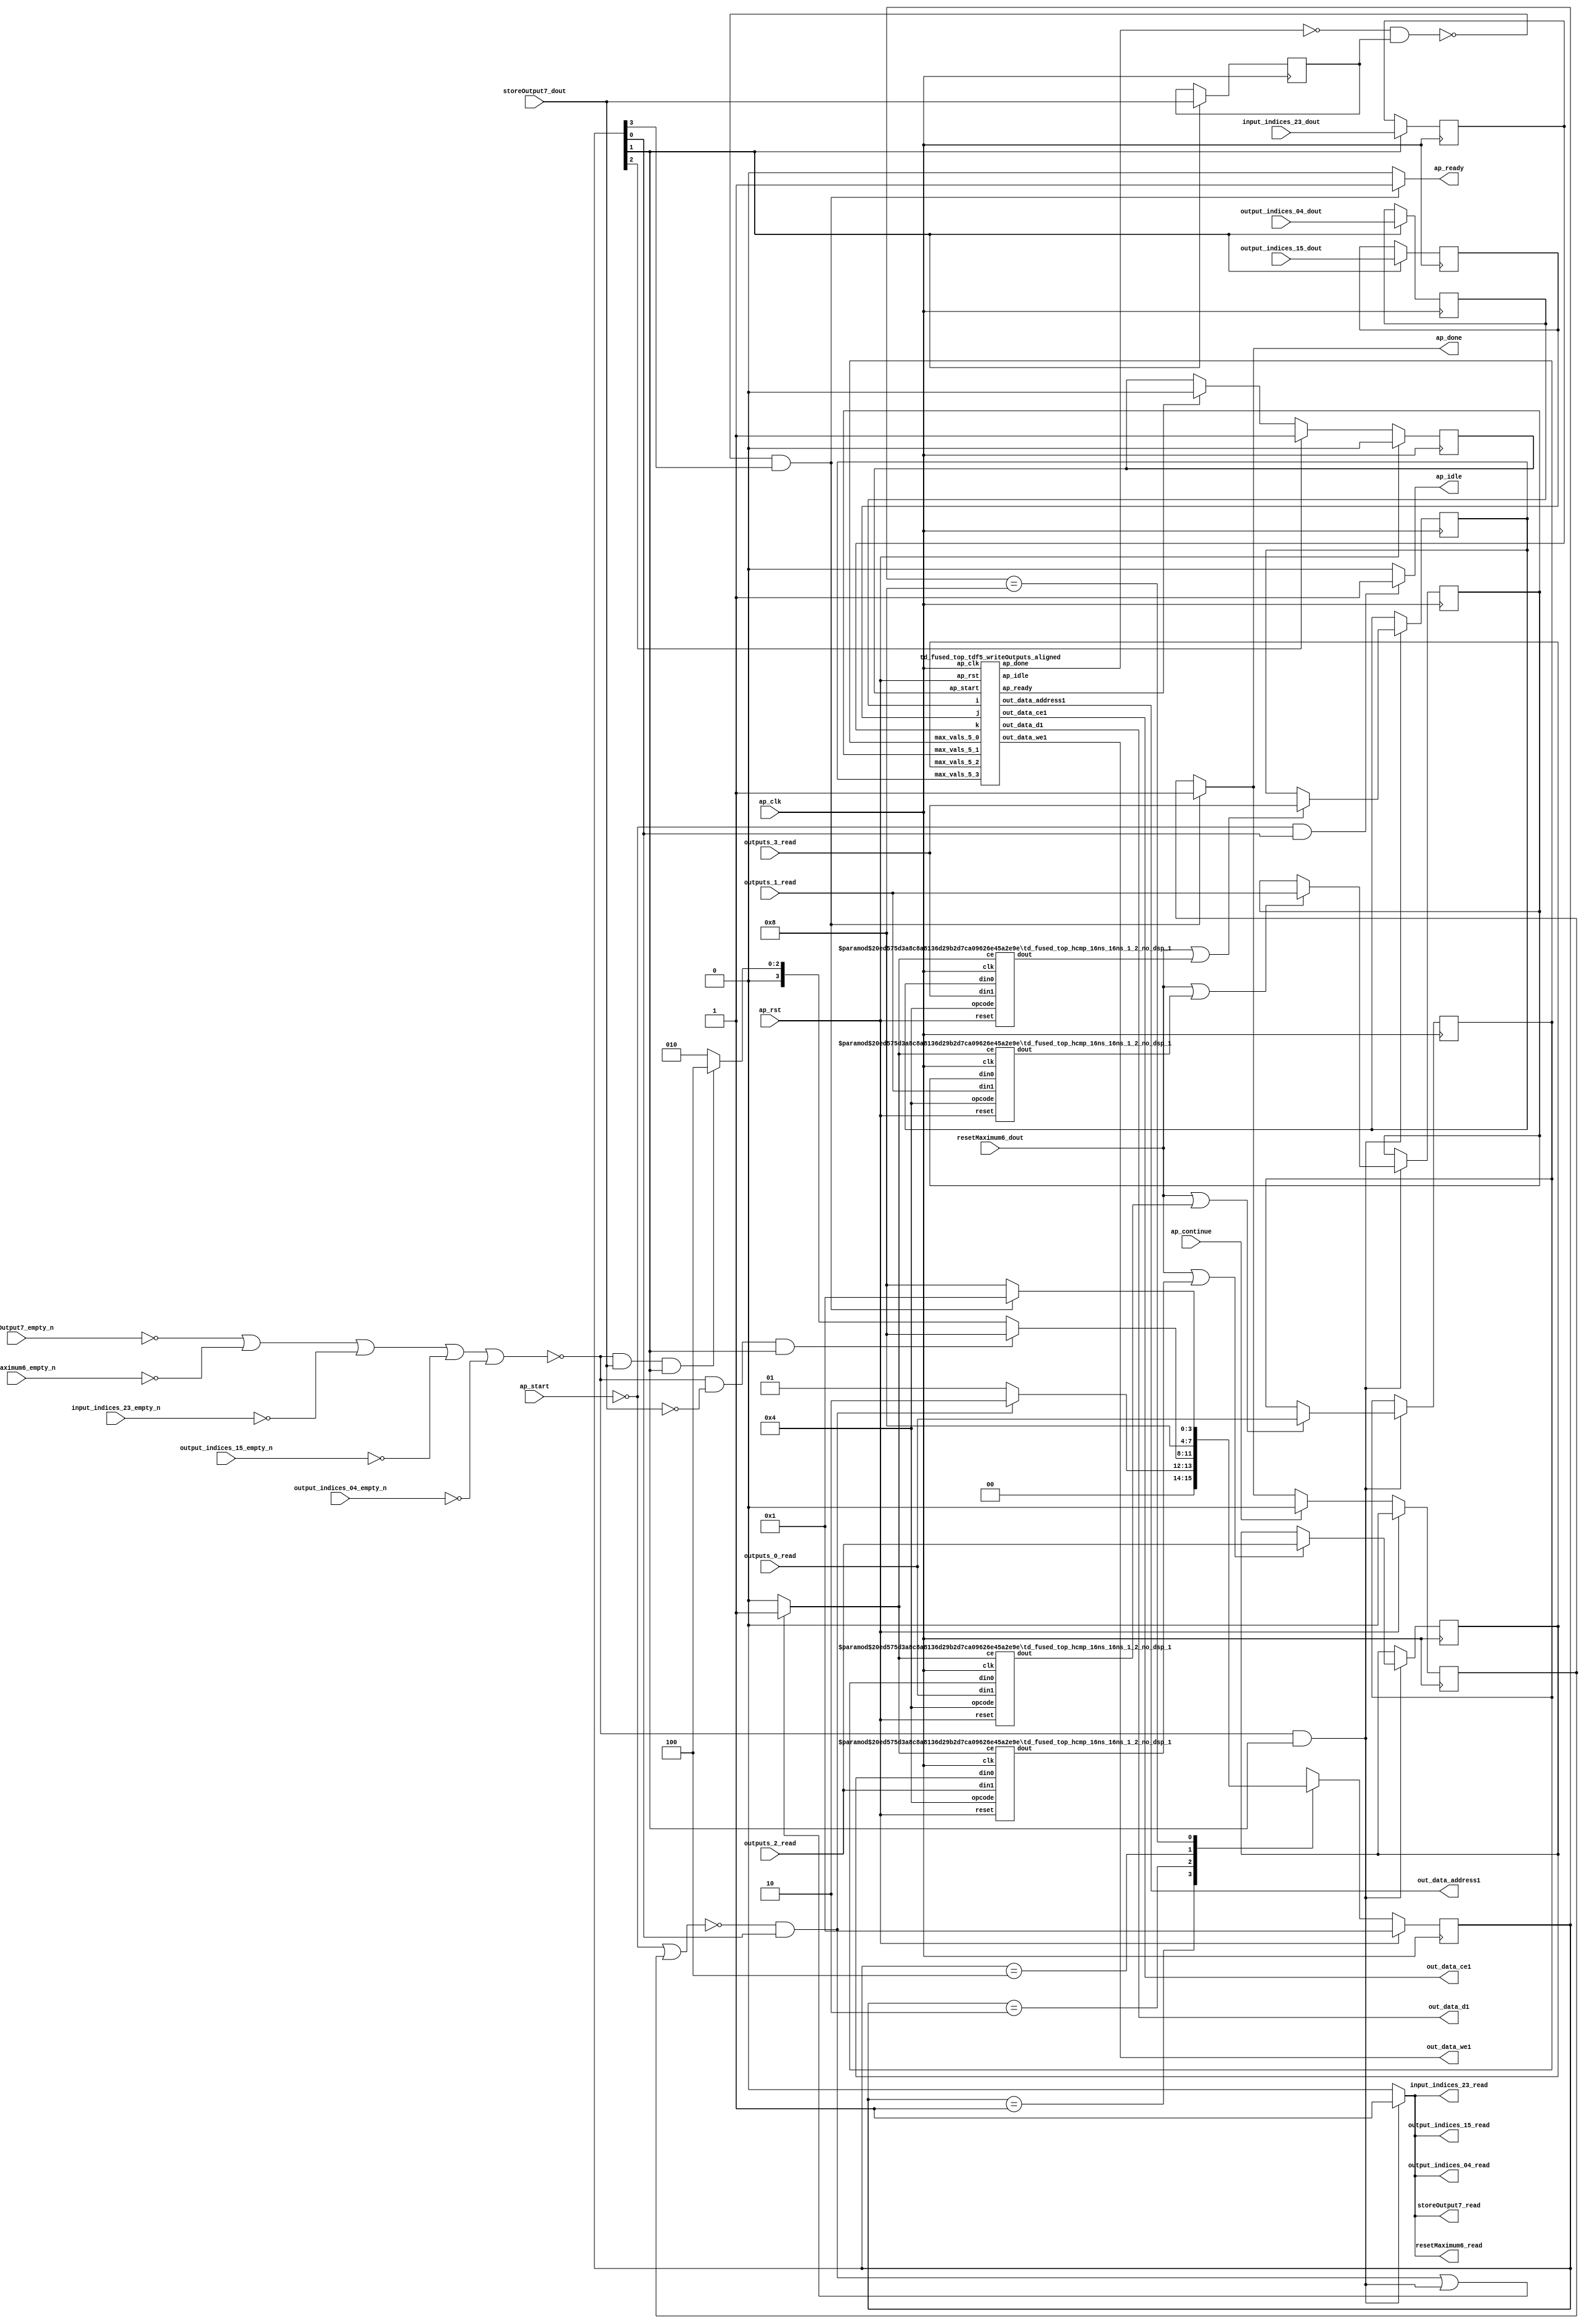
`define EXPONENT 5
`define MANTISSA 10
`define ACTUAL_MANTISSA 11
`define EXPONENT_LSB 10
`define EXPONENT_MSB 14
`define MANTISSA_LSB 0
`define MANTISSA_MSB 9
`define MANTISSA_MUL_SPLIT_LSB 3
`define MANTISSA_MUL_SPLIT_MSB 9
`define SIGN 1
`define SIGN_LOC 15
`define DWIDTH (`SIGN+`EXPONENT+`MANTISSA)
`define IEEE_COMPLIANCE 1

module td_fused_top_tdf5_poolOutputs (
        ap_clk,
        ap_rst,
        ap_start,
        ap_done,
        ap_continue,
        ap_idle,
        ap_ready,
        output_indices_04_dout,
        output_indices_04_empty_n,
        output_indices_04_read,
        output_indices_15_dout,
        output_indices_15_empty_n,
        output_indices_15_read,
        input_indices_23_dout,
        input_indices_23_empty_n,
        input_indices_23_read,
        resetMaximum6_dout,
        resetMaximum6_empty_n,
        resetMaximum6_read,
        storeOutput7_dout,
        storeOutput7_empty_n,
        storeOutput7_read,
        outputs_0_read,
        outputs_1_read,
        outputs_2_read,
        outputs_3_read,
        out_data_address1,
        out_data_ce1,
        out_data_we1,
        out_data_d1
);

parameter    ap_ST_fsm_state1 = 4'd1;
parameter    ap_ST_fsm_state2 = 4'd2;
parameter    ap_ST_fsm_state3 = 4'd4;
parameter    ap_ST_fsm_state4 = 4'd8;

input   ap_clk;
input   ap_rst;
input   ap_start;
output   ap_done;
input   ap_continue;
output   ap_idle;
output   ap_ready;
input  [4:0] output_indices_04_dout;
input   output_indices_04_empty_n;
output   output_indices_04_read;
input  [9:0] output_indices_15_dout;
input   output_indices_15_empty_n;
output   output_indices_15_read;
input  [6:0] input_indices_23_dout;
input   input_indices_23_empty_n;
output   input_indices_23_read;
input  [0:0] resetMaximum6_dout;
input   resetMaximum6_empty_n;
output   resetMaximum6_read;
input  [0:0] storeOutput7_dout;
input   storeOutput7_empty_n;
output   storeOutput7_read;
input  [15:0] outputs_0_read;
input  [15:0] outputs_1_read;
input  [15:0] outputs_2_read;
input  [15:0] outputs_3_read;
output  [14:0] out_data_address1;
output   out_data_ce1;
output   out_data_we1;
output  [63:0] out_data_d1;

reg ap_done;
reg ap_idle;
reg ap_ready;
reg output_indices_04_read;
reg output_indices_15_read;
reg input_indices_23_read;
reg resetMaximum6_read;
reg storeOutput7_read;

reg    ap_done_reg;
  reg   [3:0] ap_CS_fsm;
wire    ap_CS_fsm_state1;
reg   [15:0] max_vals_5_0;
reg   [15:0] max_vals_5_1;
reg   [15:0] max_vals_5_2;
reg   [15:0] max_vals_5_3;
reg    output_indices_04_blk_n;
wire    ap_CS_fsm_state2;
reg    output_indices_15_blk_n;
reg    input_indices_23_blk_n;
reg    resetMaximum6_blk_n;
reg    storeOutput7_blk_n;
reg   [4:0] output_indices_04_read_reg_281;
reg   [9:0] output_indices_15_read_reg_286;
reg   [6:0] input_indices_23_read_reg_291;
wire   [0:0] storeOutput7_read_read_fu_110_p2;
reg   [0:0] storeOutput7_read_reg_296;
wire    grp_tdf5_writeOutputs_aligned_fu_116_ap_start;
wire    grp_tdf5_writeOutputs_aligned_fu_116_ap_done;
wire    grp_tdf5_writeOutputs_aligned_fu_116_ap_idle;
wire    grp_tdf5_writeOutputs_aligned_fu_116_ap_ready;
wire   [14:0] grp_tdf5_writeOutputs_aligned_fu_116_out_data_address1;
wire    grp_tdf5_writeOutputs_aligned_fu_116_out_data_ce1;
wire    grp_tdf5_writeOutputs_aligned_fu_116_out_data_we1;
wire   [63:0] grp_tdf5_writeOutputs_aligned_fu_116_out_data_d1;
reg    grp_tdf5_writeOutputs_aligned_fu_116_ap_start_reg;
wire    ap_CS_fsm_state3;
wire    ap_CS_fsm_state4;
wire   [15:0] select_ln24_fu_179_p3;
reg    ap_block_state2;
wire   [15:0] select_ln24_4_fu_197_p3;
wire   [15:0] select_ln24_5_fu_215_p3;
wire   [15:0] select_ln24_6_fu_233_p3;
reg    ap_block_state1;
wire   [0:0] grp_fu_133_p2;
wire   [0:0] or_ln24_fu_173_p2;
wire   [0:0] grp_fu_138_p2;
wire   [0:0] or_ln24_4_fu_191_p2;
wire   [0:0] grp_fu_143_p2;
wire   [0:0] or_ln24_5_fu_209_p2;
wire   [0:0] grp_fu_148_p2;
wire   [0:0] or_ln24_6_fu_227_p2;
reg    grp_fu_133_ce;
reg    grp_fu_138_ce;
reg    grp_fu_143_ce;
reg    grp_fu_148_ce;
reg    ap_block_state4_on_subcall_done;
reg   [3:0] ap_NS_fsm;
wire    ap_ce_reg;

// power-on initialization
initial begin
#0 ap_done_reg = 1'b0;
#0 ap_CS_fsm = 4'd1;
#0 max_vals_5_0 = 16'd0;
#0 max_vals_5_1 = 16'd0;
#0 max_vals_5_2 = 16'd0;
#0 max_vals_5_3 = 16'd0;
#0 grp_tdf5_writeOutputs_aligned_fu_116_ap_start_reg = 1'b0;
end

td_fused_top_tdf5_writeOutputs_aligned grp_tdf5_writeOutputs_aligned_fu_116(
    .ap_clk(ap_clk),
    .ap_rst(ap_rst),
    .ap_start(grp_tdf5_writeOutputs_aligned_fu_116_ap_start),
    .ap_done(grp_tdf5_writeOutputs_aligned_fu_116_ap_done),
    .ap_idle(grp_tdf5_writeOutputs_aligned_fu_116_ap_idle),
    .ap_ready(grp_tdf5_writeOutputs_aligned_fu_116_ap_ready),
    .i(output_indices_04_read_reg_281),
    .j(output_indices_15_read_reg_286),
    .k(input_indices_23_read_reg_291),
    .out_data_address1(grp_tdf5_writeOutputs_aligned_fu_116_out_data_address1),
    .out_data_ce1(grp_tdf5_writeOutputs_aligned_fu_116_out_data_ce1),
    .out_data_we1(grp_tdf5_writeOutputs_aligned_fu_116_out_data_we1),
    .out_data_d1(grp_tdf5_writeOutputs_aligned_fu_116_out_data_d1),
    .max_vals_5_0(max_vals_5_0),
    .max_vals_5_1(max_vals_5_1),
    .max_vals_5_2(max_vals_5_2),
    .max_vals_5_3(max_vals_5_3)
);

td_fused_top_hcmp_16ns_16ns_1_2_no_dsp_1 #(
    .ID( 1 ),
    .NUM_STAGE( 2 ),
    .din0_WIDTH( 16 ),
    .din1_WIDTH( 16 ),
    .dout_WIDTH( 1 ))
hcmp_16ns_16ns_1_2_no_dsp_1_U826(
    .clk(ap_clk),
    .reset(ap_rst),
    .ce(grp_fu_133_ce),
    .din0(max_vals_5_0),
    .din1(outputs_0_read),
    .opcode(5'd4),
    .dout(grp_fu_133_p2)
);

td_fused_top_hcmp_16ns_16ns_1_2_no_dsp_1 #(
    .ID( 1 ),
    .NUM_STAGE( 2 ),
    .din0_WIDTH( 16 ),
    .din1_WIDTH( 16 ),
    .dout_WIDTH( 1 ))
hcmp_16ns_16ns_1_2_no_dsp_1_U827(
    .clk(ap_clk),
    .reset(ap_rst),
    .ce(grp_fu_138_ce),
    .din0(max_vals_5_1),
    .din1(outputs_1_read),
    .opcode(5'd4),
    .dout(grp_fu_138_p2)
);

td_fused_top_hcmp_16ns_16ns_1_2_no_dsp_1 #(
    .ID( 1 ),
    .NUM_STAGE( 2 ),
    .din0_WIDTH( 16 ),
    .din1_WIDTH( 16 ),
    .dout_WIDTH( 1 ))
hcmp_16ns_16ns_1_2_no_dsp_1_U828(
    .clk(ap_clk),
    .reset(ap_rst),
    .ce(grp_fu_143_ce),
    .din0(max_vals_5_2),
    .din1(outputs_2_read),
    .opcode(5'd4),
    .dout(grp_fu_143_p2)
);

td_fused_top_hcmp_16ns_16ns_1_2_no_dsp_1 #(
    .ID( 1 ),
    .NUM_STAGE( 2 ),
    .din0_WIDTH( 16 ),
    .din1_WIDTH( 16 ),
    .dout_WIDTH( 1 ))
hcmp_16ns_16ns_1_2_no_dsp_1_U829(
    .clk(ap_clk),
    .reset(ap_rst),
    .ce(grp_fu_148_ce),
    .din0(max_vals_5_3),
    .din1(outputs_3_read),
    .opcode(5'd4),
    .dout(grp_fu_148_p2)
);

always @ (posedge ap_clk) begin
    if (ap_rst == 1'b1) begin
        ap_CS_fsm <= ap_ST_fsm_state1;
    end else begin
        ap_CS_fsm <= ap_NS_fsm;
    end
end

always @ (posedge ap_clk) begin
    if (ap_rst == 1'b1) begin
        ap_done_reg <= 1'b0;
    end else begin
        if ((ap_continue == 1'b1)) begin
            ap_done_reg <= 1'b0;
        end else if (((1'b0 == ap_block_state4_on_subcall_done) & (1'b1 == ap_CS_fsm_state4))) begin
            ap_done_reg <= 1'b1;
        end
    end
end

always @ (posedge ap_clk) begin
    if (ap_rst == 1'b1) begin
        grp_tdf5_writeOutputs_aligned_fu_116_ap_start_reg <= 1'b0;
    end else begin
        if ((1'b1 == ap_CS_fsm_state3)) begin
            grp_tdf5_writeOutputs_aligned_fu_116_ap_start_reg <= 1'b1;
        end else if ((grp_tdf5_writeOutputs_aligned_fu_116_ap_ready == 1'b1)) begin
            grp_tdf5_writeOutputs_aligned_fu_116_ap_start_reg <= 1'b0;
        end
    end
end

always @ (posedge ap_clk) begin
    if ((1'b1 == ap_CS_fsm_state2)) begin
        input_indices_23_read_reg_291 <= input_indices_23_dout;
        output_indices_04_read_reg_281 <= output_indices_04_dout;
        output_indices_15_read_reg_286 <= output_indices_15_dout;
        storeOutput7_read_reg_296 <= storeOutput7_dout;
    end
end

always @ (posedge ap_clk) begin
    if ((~((storeOutput7_empty_n == 1'b0) | (resetMaximum6_empty_n == 1'b0) | (input_indices_23_empty_n == 1'b0) | (output_indices_15_empty_n == 1'b0) | (output_indices_04_empty_n == 1'b0)) & (1'b1 == ap_CS_fsm_state2))) begin
        max_vals_5_0 <= select_ln24_fu_179_p3;
        max_vals_5_1 <= select_ln24_4_fu_197_p3;
        max_vals_5_2 <= select_ln24_5_fu_215_p3;
        max_vals_5_3 <= select_ln24_6_fu_233_p3;
    end
end

always @ (*) begin
    if (((1'b0 == ap_block_state4_on_subcall_done) & (1'b1 == ap_CS_fsm_state4))) begin
        ap_done = 1'b1;
    end else begin
        ap_done = ap_done_reg;
    end
end

always @ (*) begin
    if (((ap_start == 1'b0) & (1'b1 == ap_CS_fsm_state1))) begin
        ap_idle = 1'b1;
    end else begin
        ap_idle = 1'b0;
    end
end

always @ (*) begin
    if (((1'b0 == ap_block_state4_on_subcall_done) & (1'b1 == ap_CS_fsm_state4))) begin
        ap_ready = 1'b1;
    end else begin
        ap_ready = 1'b0;
    end
end

always @ (*) begin
    if (((~((ap_start == 1'b0) | (ap_done_reg == 1'b1)) & (1'b1 == ap_CS_fsm_state1)) | (~((storeOutput7_empty_n == 1'b0) | (resetMaximum6_empty_n == 1'b0) | (input_indices_23_empty_n == 1'b0) | (output_indices_15_empty_n == 1'b0) | (output_indices_04_empty_n == 1'b0)) & (1'b1 == ap_CS_fsm_state2)))) begin
        grp_fu_133_ce = 1'b1;
    end else begin
        grp_fu_133_ce = 1'b0;
    end
end

always @ (*) begin
    if (((~((ap_start == 1'b0) | (ap_done_reg == 1'b1)) & (1'b1 == ap_CS_fsm_state1)) | (~((storeOutput7_empty_n == 1'b0) | (resetMaximum6_empty_n == 1'b0) | (input_indices_23_empty_n == 1'b0) | (output_indices_15_empty_n == 1'b0) | (output_indices_04_empty_n == 1'b0)) & (1'b1 == ap_CS_fsm_state2)))) begin
        grp_fu_138_ce = 1'b1;
    end else begin
        grp_fu_138_ce = 1'b0;
    end
end

always @ (*) begin
    if (((~((ap_start == 1'b0) | (ap_done_reg == 1'b1)) & (1'b1 == ap_CS_fsm_state1)) | (~((storeOutput7_empty_n == 1'b0) | (resetMaximum6_empty_n == 1'b0) | (input_indices_23_empty_n == 1'b0) | (output_indices_15_empty_n == 1'b0) | (output_indices_04_empty_n == 1'b0)) & (1'b1 == ap_CS_fsm_state2)))) begin
        grp_fu_143_ce = 1'b1;
    end else begin
        grp_fu_143_ce = 1'b0;
    end
end

always @ (*) begin
    if (((~((ap_start == 1'b0) | (ap_done_reg == 1'b1)) & (1'b1 == ap_CS_fsm_state1)) | (~((storeOutput7_empty_n == 1'b0) | (resetMaximum6_empty_n == 1'b0) | (input_indices_23_empty_n == 1'b0) | (output_indices_15_empty_n == 1'b0) | (output_indices_04_empty_n == 1'b0)) & (1'b1 == ap_CS_fsm_state2)))) begin
        grp_fu_148_ce = 1'b1;
    end else begin
        grp_fu_148_ce = 1'b0;
    end
end

always @ (*) begin
    if ((1'b1 == ap_CS_fsm_state2)) begin
        input_indices_23_blk_n = input_indices_23_empty_n;
    end else begin
        input_indices_23_blk_n = 1'b1;
    end
end

always @ (*) begin
    if ((~((storeOutput7_empty_n == 1'b0) | (resetMaximum6_empty_n == 1'b0) | (input_indices_23_empty_n == 1'b0) | (output_indices_15_empty_n == 1'b0) | (output_indices_04_empty_n == 1'b0)) & (1'b1 == ap_CS_fsm_state2))) begin
        input_indices_23_read = 1'b1;
    end else begin
        input_indices_23_read = 1'b0;
    end
end

always @ (*) begin
    if ((1'b1 == ap_CS_fsm_state2)) begin
        output_indices_04_blk_n = output_indices_04_empty_n;
    end else begin
        output_indices_04_blk_n = 1'b1;
    end
end

always @ (*) begin
    if ((~((storeOutput7_empty_n == 1'b0) | (resetMaximum6_empty_n == 1'b0) | (input_indices_23_empty_n == 1'b0) | (output_indices_15_empty_n == 1'b0) | (output_indices_04_empty_n == 1'b0)) & (1'b1 == ap_CS_fsm_state2))) begin
        output_indices_04_read = 1'b1;
    end else begin
        output_indices_04_read = 1'b0;
    end
end

always @ (*) begin
    if ((1'b1 == ap_CS_fsm_state2)) begin
        output_indices_15_blk_n = output_indices_15_empty_n;
    end else begin
        output_indices_15_blk_n = 1'b1;
    end
end

always @ (*) begin
    if ((~((storeOutput7_empty_n == 1'b0) | (resetMaximum6_empty_n == 1'b0) | (input_indices_23_empty_n == 1'b0) | (output_indices_15_empty_n == 1'b0) | (output_indices_04_empty_n == 1'b0)) & (1'b1 == ap_CS_fsm_state2))) begin
        output_indices_15_read = 1'b1;
    end else begin
        output_indices_15_read = 1'b0;
    end
end

always @ (*) begin
    if ((1'b1 == ap_CS_fsm_state2)) begin
        resetMaximum6_blk_n = resetMaximum6_empty_n;
    end else begin
        resetMaximum6_blk_n = 1'b1;
    end
end

always @ (*) begin
    if ((~((storeOutput7_empty_n == 1'b0) | (resetMaximum6_empty_n == 1'b0) | (input_indices_23_empty_n == 1'b0) | (output_indices_15_empty_n == 1'b0) | (output_indices_04_empty_n == 1'b0)) & (1'b1 == ap_CS_fsm_state2))) begin
        resetMaximum6_read = 1'b1;
    end else begin
        resetMaximum6_read = 1'b0;
    end
end

always @ (*) begin
    if ((1'b1 == ap_CS_fsm_state2)) begin
        storeOutput7_blk_n = storeOutput7_empty_n;
    end else begin
        storeOutput7_blk_n = 1'b1;
    end
end

always @ (*) begin
    if ((~((storeOutput7_empty_n == 1'b0) | (resetMaximum6_empty_n == 1'b0) | (input_indices_23_empty_n == 1'b0) | (output_indices_15_empty_n == 1'b0) | (output_indices_04_empty_n == 1'b0)) & (1'b1 == ap_CS_fsm_state2))) begin
        storeOutput7_read = 1'b1;
    end else begin
        storeOutput7_read = 1'b0;
    end
end

always @ (*) begin
    case (ap_CS_fsm)
        ap_ST_fsm_state1 : begin
            if ((~((ap_start == 1'b0) | (ap_done_reg == 1'b1)) & (1'b1 == ap_CS_fsm_state1))) begin
                ap_NS_fsm = ap_ST_fsm_state2;
            end else begin
                ap_NS_fsm = ap_ST_fsm_state1;
            end
        end
        ap_ST_fsm_state2 : begin
            if ((~((storeOutput7_empty_n == 1'b0) | (resetMaximum6_empty_n == 1'b0) | (input_indices_23_empty_n == 1'b0) | (output_indices_15_empty_n == 1'b0) | (output_indices_04_empty_n == 1'b0)) & (storeOutput7_read_read_fu_110_p2 == 1'd0) & (1'b1 == ap_CS_fsm_state2))) begin
                ap_NS_fsm = ap_ST_fsm_state4;
            end else if ((~((storeOutput7_empty_n == 1'b0) | (resetMaximum6_empty_n == 1'b0) | (input_indices_23_empty_n == 1'b0) | (output_indices_15_empty_n == 1'b0) | (output_indices_04_empty_n == 1'b0)) & (storeOutput7_read_read_fu_110_p2 == 1'd1) & (1'b1 == ap_CS_fsm_state2))) begin
                ap_NS_fsm = ap_ST_fsm_state3;
            end else begin
                ap_NS_fsm = ap_ST_fsm_state2;
            end
        end
        ap_ST_fsm_state3 : begin
            ap_NS_fsm = ap_ST_fsm_state4;
        end
        ap_ST_fsm_state4 : begin
            if (((1'b0 == ap_block_state4_on_subcall_done) & (1'b1 == ap_CS_fsm_state4))) begin
                ap_NS_fsm = ap_ST_fsm_state1;
            end else begin
                ap_NS_fsm = ap_ST_fsm_state4;
            end
        end
        default : begin
            ap_NS_fsm = 'bx;
        end
    endcase
end

assign ap_CS_fsm_state1 = ap_CS_fsm[32'd0];

assign ap_CS_fsm_state2 = ap_CS_fsm[32'd1];

assign ap_CS_fsm_state3 = ap_CS_fsm[32'd2];

assign ap_CS_fsm_state4 = ap_CS_fsm[32'd3];

always @ (*) begin
    ap_block_state1 = ((ap_start == 1'b0) | (ap_done_reg == 1'b1));
end

always @ (*) begin
    ap_block_state2 = ((storeOutput7_empty_n == 1'b0) | (resetMaximum6_empty_n == 1'b0) | (input_indices_23_empty_n == 1'b0) | (output_indices_15_empty_n == 1'b0) | (output_indices_04_empty_n == 1'b0));
end

always @ (*) begin
    ap_block_state4_on_subcall_done = ((grp_tdf5_writeOutputs_aligned_fu_116_ap_done == 1'b0) & (storeOutput7_read_reg_296 == 1'd1));
end

assign grp_tdf5_writeOutputs_aligned_fu_116_ap_start = grp_tdf5_writeOutputs_aligned_fu_116_ap_start_reg;

assign or_ln24_4_fu_191_p2 = (resetMaximum6_dout | grp_fu_138_p2);

assign or_ln24_5_fu_209_p2 = (resetMaximum6_dout | grp_fu_143_p2);

assign or_ln24_6_fu_227_p2 = (resetMaximum6_dout | grp_fu_148_p2);

assign or_ln24_fu_173_p2 = (resetMaximum6_dout | grp_fu_133_p2);

assign out_data_address1 = grp_tdf5_writeOutputs_aligned_fu_116_out_data_address1;

assign out_data_ce1 = grp_tdf5_writeOutputs_aligned_fu_116_out_data_ce1;

assign out_data_d1 = grp_tdf5_writeOutputs_aligned_fu_116_out_data_d1;

assign out_data_we1 = grp_tdf5_writeOutputs_aligned_fu_116_out_data_we1;

assign select_ln24_4_fu_197_p3 = ((or_ln24_4_fu_191_p2[0:0] == 1'b1) ? outputs_1_read : max_vals_5_1);

assign select_ln24_5_fu_215_p3 = ((or_ln24_5_fu_209_p2[0:0] == 1'b1) ? outputs_2_read : max_vals_5_2);

assign select_ln24_6_fu_233_p3 = ((or_ln24_6_fu_227_p2[0:0] == 1'b1) ? outputs_3_read : max_vals_5_3);

assign select_ln24_fu_179_p3 = ((or_ln24_fu_173_p2[0:0] == 1'b1) ? outputs_0_read : max_vals_5_0);

assign storeOutput7_read_read_fu_110_p2 = storeOutput7_dout;

endmodule //td_fused_top_tdf5_poolOutputs
module td_fused_top_tdf5_writeOutputs_aligned (
        ap_clk,
        ap_rst,
        ap_start,
        ap_done,
        ap_idle,
        ap_ready,
        i,
        j,
        k,
        out_data_address1,
        out_data_ce1,
        out_data_we1,
        out_data_d1,
        max_vals_5_0,
        max_vals_5_1,
        max_vals_5_2,
        max_vals_5_3
);

parameter    ap_ST_fsm_state1 = 2'd1;
parameter    ap_ST_fsm_state2 = 2'd2;

input   ap_clk;
input   ap_rst;
input   ap_start;
output   ap_done;
output   ap_idle;
output   ap_ready;
input  [4:0] i;
input  [9:0] j;
input  [6:0] k;
output  [14:0] out_data_address1;
output   out_data_ce1;
output   out_data_we1;
output  [63:0] out_data_d1;
input  [15:0] max_vals_5_0;
input  [15:0] max_vals_5_1;
input  [15:0] max_vals_5_2;
input  [15:0] max_vals_5_3;

reg ap_done;
reg ap_idle;
reg ap_ready;
reg out_data_ce1;
reg out_data_we1;

  reg   [1:0] ap_CS_fsm;
wire    ap_CS_fsm_state1;
wire   [9:0] add_ln123_fu_105_p2;
reg   [9:0] add_ln123_reg_178;
wire   [63:0] zext_ln123_4_fu_132_p1;
wire    ap_CS_fsm_state2;
wire   [6:0] tmp_s_fu_87_p3;
wire   [9:0] tmp_fu_79_p3;
wire   [9:0] zext_ln123_fu_95_p1;
wire   [9:0] sub_ln123_fu_99_p2;
wire   [14:0] tmp_69_cast_fu_111_p3;
wire   [14:0] zext_ln123_3_fu_122_p1;
wire   [14:0] add_ln123_2_fu_126_p2;
wire   [15:0] bitcast_ln123_6_fu_161_p1;
wire   [15:0] bitcast_ln123_5_fu_153_p1;
wire   [15:0] bitcast_ln123_4_fu_145_p1;
wire   [15:0] bitcast_ln123_fu_137_p1;
reg   [1:0] ap_NS_fsm;
wire    ap_ce_reg;

// power-on initialization
initial begin
#0 ap_CS_fsm = 2'd1;
end

always @ (posedge ap_clk) begin
    if (ap_rst == 1'b1) begin
        ap_CS_fsm <= ap_ST_fsm_state1;
    end else begin
        ap_CS_fsm <= ap_NS_fsm;
    end
end

always @ (posedge ap_clk) begin
    if ((1'b1 == ap_CS_fsm_state1)) begin
        add_ln123_reg_178 <= add_ln123_fu_105_p2;
    end
end

always @ (*) begin
    if (((1'b1 == ap_CS_fsm_state2) | ((ap_start == 1'b0) & (1'b1 == ap_CS_fsm_state1)))) begin
        ap_done = 1'b1;
    end else begin
        ap_done = 1'b0;
    end
end

always @ (*) begin
    if (((ap_start == 1'b0) & (1'b1 == ap_CS_fsm_state1))) begin
        ap_idle = 1'b1;
    end else begin
        ap_idle = 1'b0;
    end
end

always @ (*) begin
    if ((1'b1 == ap_CS_fsm_state2)) begin
        ap_ready = 1'b1;
    end else begin
        ap_ready = 1'b0;
    end
end

always @ (*) begin
    if ((1'b1 == ap_CS_fsm_state2)) begin
        out_data_ce1 = 1'b1;
    end else begin
        out_data_ce1 = 1'b0;
    end
end

always @ (*) begin
    if ((1'b1 == ap_CS_fsm_state2)) begin
        out_data_we1 = 1'b1;
    end else begin
        out_data_we1 = 1'b0;
    end
end

always @ (*) begin
    case (ap_CS_fsm)
        ap_ST_fsm_state1 : begin
            if (((ap_start == 1'b1) & (1'b1 == ap_CS_fsm_state1))) begin
                ap_NS_fsm = ap_ST_fsm_state2;
            end else begin
                ap_NS_fsm = ap_ST_fsm_state1;
            end
        end
        ap_ST_fsm_state2 : begin
            ap_NS_fsm = ap_ST_fsm_state1;
        end
        default : begin
            ap_NS_fsm = 'bx;
        end
    endcase
end

assign add_ln123_2_fu_126_p2 = (tmp_69_cast_fu_111_p3 + zext_ln123_3_fu_122_p1);

assign add_ln123_fu_105_p2 = (sub_ln123_fu_99_p2 + j);

assign ap_CS_fsm_state1 = ap_CS_fsm[32'd0];

assign ap_CS_fsm_state2 = ap_CS_fsm[32'd1];

assign bitcast_ln123_4_fu_145_p1 = max_vals_5_1;

assign bitcast_ln123_5_fu_153_p1 = max_vals_5_2;

assign bitcast_ln123_6_fu_161_p1 = max_vals_5_3;

assign bitcast_ln123_fu_137_p1 = max_vals_5_0;

assign out_data_address1 = zext_ln123_4_fu_132_p1;

assign out_data_d1 = {{{{bitcast_ln123_6_fu_161_p1}, {bitcast_ln123_5_fu_153_p1}}, {bitcast_ln123_4_fu_145_p1}}, {bitcast_ln123_fu_137_p1}};

assign sub_ln123_fu_99_p2 = (tmp_fu_79_p3 - zext_ln123_fu_95_p1);

assign tmp_69_cast_fu_111_p3 = {{add_ln123_reg_178}, {5'd0}};

assign tmp_fu_79_p3 = {{i}, {5'd0}};

assign tmp_s_fu_87_p3 = {{i}, {2'd0}};

assign zext_ln123_3_fu_122_p1 = k;

assign zext_ln123_4_fu_132_p1 = add_ln123_2_fu_126_p2;

assign zext_ln123_fu_95_p1 = tmp_s_fu_87_p3;

endmodule //td_fused_top_tdf5_writeOutputs_aligned

module td_fused_top_hcmp_16ns_16ns_1_2_no_dsp_1
#(parameter
    ID         = 137,
    NUM_STAGE  = 2,
    din0_WIDTH = 16,
    din1_WIDTH = 16,
    dout_WIDTH = 1
)(
    input  wire                  clk,
    input  wire                  reset,
    input  wire                  ce,
    input  wire [din0_WIDTH-1:0] din0,
    input  wire [din1_WIDTH-1:0] din1,
    input  wire [4:0]            opcode,
    output wire [dout_WIDTH-1:0] dout
);
//------------------------Parameter----------------------
// AutoESL opcode
localparam [4:0]
    AP_OEQ = 5'b00001,
    AP_OGT = 5'b00010,
    AP_OGE = 5'b00011,
    AP_OLT = 5'b00100,
    AP_OLE = 5'b00101,
    AP_ONE = 5'b00110,
    AP_UNO = 5'b01000;
// FPV6 opcode
localparam [7:0]
    OP_EQ = 8'b00010100,
    OP_GT = 8'b00100100,
    OP_GE = 8'b00110100,
    OP_LT = 8'b00001100,
    OP_LE = 8'b00011100,
    OP_NE = 8'b00101100,
    OP_UO = 8'b00000100;
//------------------------Local signal-------------------
wire                  a_tvalid;
wire [15:0]           a_tdata;
wire                  b_tvalid;
wire [15:0]           b_tdata;
wire                  op_tvalid;
reg  [7:0]            op_tdata;
wire                  r_tvalid;
wire [7:0]            r_tdata;
reg  [din0_WIDTH-1:0] din0_buf1;
reg  [din1_WIDTH-1:0] din1_buf1;
reg  [4:0]            opcode_buf1;
reg                   ce_r;
wire [dout_WIDTH-1:0] dout_i;
reg  [dout_WIDTH-1:0] dout_r;
//------------------------Instantiation------------------
td_fused_top_ap_hcmp_0_no_dsp_16 td_fused_top_ap_hcmp_0_no_dsp_16_u (
    .s_axis_a_tvalid         ( a_tvalid ),
    .s_axis_a_tdata          ( a_tdata ),
    .s_axis_b_tvalid         ( b_tvalid ),
    .s_axis_b_tdata          ( b_tdata ),
    .s_axis_operation_tvalid ( op_tvalid ),
    .s_axis_operation_tdata  ( op_tdata ),
    .m_axis_result_tvalid    ( r_tvalid ),
    .m_axis_result_tdata     ( r_tdata )
);
//------------------------Body---------------------------
assign a_tvalid  = 1'b1;
assign a_tdata   = din0_buf1;
assign b_tvalid  = 1'b1;
assign b_tdata   = din1_buf1;
assign op_tvalid = 1'b1;
assign dout_i    = r_tdata[0];

always @(*) begin
    case (opcode_buf1)
        AP_OEQ  : op_tdata = OP_EQ;
        AP_OGT  : op_tdata = OP_GT;
        AP_OGE  : op_tdata = OP_GE;
        AP_OLT  : op_tdata = OP_LT;
        AP_OLE  : op_tdata = OP_LE;
        AP_ONE  : op_tdata = OP_NE;
        AP_UNO  : op_tdata = OP_UO;
        default : op_tdata = OP_EQ;
    endcase
end

always @(posedge clk) begin
    if (ce) begin
        din0_buf1   <= din0;
        din1_buf1   <= din1;
        opcode_buf1 <= opcode;
    end
end

always @ (posedge clk) begin
    ce_r <= ce;
end

always @ (posedge clk) begin
    if (ce_r) begin
        dout_r <= dout_i;
    end
end

assign dout = ce_r?dout_i:dout_r;
endmodule
module td_fused_top_ap_hcmp_0_no_dsp_16 (
   input  wire        s_axis_a_tvalid,
   input  wire [15:0] s_axis_a_tdata,
   input  wire        s_axis_b_tvalid,
   input  wire [15:0] s_axis_b_tdata,
   input  wire        s_axis_operation_tvalid,
   input  wire [7:0]  s_axis_operation_tdata,
   output wire        m_axis_result_tvalid,
   output wire [7:0]  m_axis_result_tdata
);
   // TEMP - compare module not yet ready
   // In the meantime, negate operand B, add them
   // together, and return the sign bit of the result.
   wire [15:0] b_negative;
   wire [15:0] result;
   assign b_negative = {~s_axis_b_tdata[15], s_axis_b_tdata[14:0]};

`ifdef complex_dsp
   adder_fp u_add_fp (
      .a(s_axis_a_tdata), 
      .b(b_negative), 
      .out(result)
   );
`else
FPAddSub u_FPAddSub_2 (.clk(), .rst(1'b0), .a(s_axis_a_tdata), .b(b_negative), .operation(1'b0), .result(result), .flags());
`endif

   assign m_axis_result_tdata = {7'b0, result[15]};
endmodule


module FPAddSub(
		clk,
		rst,
		a,
		b,
		operation,			// 0 add, 1 sub
		result,
		flags
	);
	
	// Clock and reset
	input clk ;										// Clock signal
	input rst ;										// Reset (active high, resets pipeline registers)
	
	// Input ports
	input [`DWIDTH-1:0] a ;								// Input A, a 32-bit floating point number
	input [`DWIDTH-1:0] b ;								// Input B, a 32-bit floating point number
	input operation ;								// Operation select signal
	
	// Output ports
	output [`DWIDTH-1:0] result ;						// Result of the operation
	output [4:0] flags ;							// Flags indicating exceptions according to IEEE754
	
	// Pipeline Registers
	//reg [79:0] pipe_1;							// Pipeline register PreAlign->Align1
	reg [`DWIDTH*2+15:0] pipe_1;							// Pipeline register PreAlign->Align1

	//reg [67:0] pipe_2;							// Pipeline register Align1->Align3
	reg [`MANTISSA*2+`EXPONENT+13:0] pipe_2;							// Pipeline register Align1->Align3

	//reg [76:0] pipe_3;	68						// Pipeline register Align1->Align3
	reg [`MANTISSA*2+`EXPONENT+14:0] pipe_3;							// Pipeline register Align1->Align3

	//reg [69:0] pipe_4;							// Pipeline register Align3->Execute
	reg [`MANTISSA*2+`EXPONENT+15:0] pipe_4;							// Pipeline register Align3->Execute

	//reg [51:0] pipe_5;							// Pipeline register Execute->Normalize
	reg [`DWIDTH+`EXPONENT+11:0] pipe_5;							// Pipeline register Execute->Normalize

	//reg [56:0] pipe_6;							// Pipeline register Nomalize->NormalizeShift1
	reg [`DWIDTH+`EXPONENT+16:0] pipe_6;							// Pipeline register Nomalize->NormalizeShift1

	//reg [56:0] pipe_7;							// Pipeline register NormalizeShift2->NormalizeShift3
	reg [`DWIDTH+`EXPONENT+16:0] pipe_7;							// Pipeline register NormalizeShift2->NormalizeShift3

	//reg [54:0] pipe_8;							// Pipeline register NormalizeShift3->Round
	reg [`EXPONENT*2+`MANTISSA+15:0] pipe_8;							// Pipeline register NormalizeShift3->Round

	//reg [40:0] pipe_9;							// Pipeline register NormalizeShift3->Round
	reg [`DWIDTH+8:0] pipe_9;							// Pipeline register NormalizeShift3->Round
	
	// Internal wires between modules
	wire [`DWIDTH-2:0] Aout_0 ;							// A - sign
	wire [`DWIDTH-2:0] Bout_0 ;							// B - sign
	wire Opout_0 ;									// A's sign
	wire Sa_0 ;										// A's sign
	wire Sb_0 ;										// B's sign
	wire MaxAB_1 ;									// Indicates the larger of A and B(0/A, 1/B)
	wire [`EXPONENT-1:0] CExp_1 ;							// Common Exponent
	wire [4:0] Shift_1 ;							// Number of steps to smaller mantissa shift right (align)
	wire [`MANTISSA-1:0] Mmax_1 ;							// Larger mantissa
	wire [4:0] InputExc_0 ;						// Input numbers are exceptions
	wire [9:0] ShiftDet_0 ;
	wire [`MANTISSA-1:0] MminS_1 ;						// Smaller mantissa after 0/16 shift
	wire [`MANTISSA:0] MminS_2 ;						// Smaller mantissa after 0/4/8/12 shift
	wire [`MANTISSA:0] Mmin_3 ;							// Smaller mantissa after 0/1/2/3 shift
	wire [`DWIDTH:0] Sum_4 ;
	wire PSgn_4 ;
	wire Opr_4 ;
	wire [4:0] Shift_5 ;							// Number of steps to shift sum left (normalize)
	wire [`DWIDTH:0] SumS_5 ;							// Sum after 0/16 shift
	wire [`DWIDTH:0] SumS_6 ;							// Sum after 0/16 shift
	wire [`DWIDTH:0] SumS_7 ;							// Sum after 0/16 shift
	wire [`MANTISSA-1:0] NormM_8 ;						// Normalized mantissa
	wire [`EXPONENT:0] NormE_8;							// Adjusted exponent
	wire ZeroSum_8 ;								// Zero flag
	wire NegE_8 ;									// Flag indicating negative exponent
	wire R_8 ;										// Round bit
	wire S_8 ;										// Final sticky bit
	wire FG_8 ;										// Final sticky bit
	wire [`DWIDTH-1:0] P_int ;
	wire EOF ;
	
	// Prepare the operands for alignment and check for exceptions
	FPAddSub_PrealignModule PrealignModule
	(	// Inputs
		a, b, operation,
		// Outputs
		Sa_0, Sb_0, ShiftDet_0[9:0], InputExc_0[4:0], Aout_0[`DWIDTH-2:0], Bout_0[`DWIDTH-2:0], Opout_0) ;
		
	// Prepare the operands for alignment and check for exceptions
	FPAddSub_AlignModule AlignModule
	(	// Inputs
		pipe_1[14+2*`DWIDTH:16+`DWIDTH], pipe_1[15+`DWIDTH:17], pipe_1[14:5],
		// Outputs
		CExp_1[`EXPONENT-1:0], MaxAB_1, Shift_1[4:0], MminS_1[`MANTISSA-1:0], Mmax_1[`MANTISSA-1:0]) ;	

	// Alignment Shift Stage 1
	FPAddSub_AlignShift1 AlignShift1
	(  // Inputs
		pipe_2[`MANTISSA-1:0], pipe_2[2*`MANTISSA+9:2*`MANTISSA+7],
		// Outputs
		MminS_2[`MANTISSA:0]) ;

	// Alignment Shift Stage 3 and compution of guard and sticky bits
	FPAddSub_AlignShift2 AlignShift2  
	(  // Inputs
		pipe_3[`MANTISSA:0], pipe_3[2*`MANTISSA+7:2*`MANTISSA+6],
		// Outputs
		Mmin_3[`MANTISSA:0]) ;
						
	// Perform mantissa addition
	FPAddSub_ExecutionModule ExecutionModule
	(  // Inputs
		pipe_4[`MANTISSA*2+5:`MANTISSA+6], pipe_4[`MANTISSA:0], pipe_4[`MANTISSA*2+`EXPONENT+13], pipe_4[`MANTISSA*2+`EXPONENT+12], pipe_4[`MANTISSA*2+`EXPONENT+11], pipe_4[`MANTISSA*2+`EXPONENT+14],
		// Outputs
		Sum_4[`DWIDTH:0], PSgn_4, Opr_4) ;
	
	// Prepare normalization of result
	FPAddSub_NormalizeModule NormalizeModule
	(  // Inputs
		pipe_5[`DWIDTH:0], 
		// Outputs
		SumS_5[`DWIDTH:0], Shift_5[4:0]) ;
					
	// Normalization Shift Stage 1
	FPAddSub_NormalizeShift1 NormalizeShift1
	(  // Inputs
		pipe_6[`DWIDTH:0], pipe_6[`DWIDTH+`EXPONENT+14:`DWIDTH+`EXPONENT+11],
		// Outputs
		SumS_7[`DWIDTH:0]) ;
		
	// Normalization Shift Stage 3 and final guard, sticky and round bits
	FPAddSub_NormalizeShift2 NormalizeShift2
	(  // Inputs
		pipe_7[`DWIDTH:0], pipe_7[`DWIDTH+`EXPONENT+5:`DWIDTH+6], pipe_7[`DWIDTH+`EXPONENT+15:`DWIDTH+`EXPONENT+11],
		// Outputs
		NormM_8[`MANTISSA-1:0], NormE_8[`EXPONENT:0], ZeroSum_8, NegE_8, R_8, S_8, FG_8) ;

	// Round and put result together
	FPAddSub_RoundModule RoundModule
	(  // Inputs
		 pipe_8[3], pipe_8[4+`EXPONENT:4], pipe_8[`EXPONENT+`MANTISSA+4:5+`EXPONENT], pipe_8[1], pipe_8[0], pipe_8[`EXPONENT*2+`MANTISSA+15], pipe_8[`EXPONENT*2+`MANTISSA+12], pipe_8[`EXPONENT*2+`MANTISSA+11], pipe_8[`EXPONENT*2+`MANTISSA+14], pipe_8[`EXPONENT*2+`MANTISSA+10], 
		// Outputs
		P_int[`DWIDTH-1:0], EOF) ;
	
	// Check for exceptions
	FPAddSub_ExceptionModule Exceptionmodule
	(  // Inputs
		pipe_9[8+`DWIDTH:9], pipe_9[8], pipe_9[7], pipe_9[6], pipe_9[5:1], pipe_9[0], 
		// Outputs
		result[`DWIDTH-1:0], flags[4:0]) ;			
	
	always @ (*) begin	
		if(rst) begin
			pipe_1 = 0;
			pipe_2 = 0;
			pipe_3 = 0;
			pipe_4 = 0;
			pipe_5 = 0;
			pipe_6 = 0;
			pipe_7 = 0;
			pipe_8 = 0;
			pipe_9 = 0;
		end 
		else begin
		
			pipe_1 = {Opout_0, Aout_0[`DWIDTH-2:0], Bout_0[`DWIDTH-2:0], Sa_0, Sb_0, ShiftDet_0[9:0], InputExc_0[4:0]} ;	
			// PIPE_2 :
			//[67] operation
			//[66] Sa_0
			//[65] Sb_0
			//[64] MaxAB_0
			//[63:56] CExp_0
			//[55:51] Shift_0
			//[50:28] Mmax_0
			//[27:23] InputExc_0
			//[22:0] MminS_1
			//
			pipe_2 = {pipe_1[`DWIDTH*2+15], pipe_1[16:15], MaxAB_1, CExp_1[`EXPONENT-1:0], Shift_1[4:0], Mmax_1[`MANTISSA-1:0], pipe_1[4:0], MminS_1[`MANTISSA-1:0]} ;	
			// PIPE_3 :
			//[68] operation
			//[67] Sa_0
			//[66] Sb_0
			//[65] MaxAB_0
			//[64:57] CExp_0
			//[56:52] Shift_0
			//[51:29] Mmax_0
			//[28:24] InputExc_0
			//[23:0] MminS_1
			//
			pipe_3 = {pipe_2[`MANTISSA*2+`EXPONENT+13:`MANTISSA], MminS_2[`MANTISSA:0]} ;	
			// PIPE_4 :
			//[68] operation
			//[67] Sa_0
			//[66] Sb_0
			//[65] MaxAB_0
			//[64:57] CExp_0
			//[56:52] Shift_0
			//[51:29] Mmax_0
			//[28:24] InputExc_0
			//[23:0] Mmin_3
			//					
			pipe_4 = {pipe_3[`MANTISSA*2+`EXPONENT+14:`MANTISSA+1], Mmin_3[`MANTISSA:0]} ;	
			// PIPE_5 :
			//[51] operation
			//[50] PSgn_4
			//[49] Opr_4
			//[48] Sa_0
			//[47] Sb_0
			//[46] MaxAB_0
			//[45:38] CExp_0
			//[37:33] InputExc_0
			//[32:0] Sum_4
			//					
			pipe_5 = {pipe_4[2*`MANTISSA+`EXPONENT+14], PSgn_4, Opr_4, pipe_4[2*`MANTISSA+`EXPONENT+13:2*`MANTISSA+11], pipe_4[`MANTISSA+5:`MANTISSA+1], Sum_4[`DWIDTH:0]} ;
			// PIPE_6 :
			//[56] operation
			//[55:51] Shift_5
			//[50] PSgn_4
			//[49] Opr_4
			//[48] Sa_0
			//[47] Sb_0
			//[46] MaxAB_0
			//[45:38] CExp_0
			//[37:33] InputExc_0
			//[32:0] Sum_4
			//					
			pipe_6 = {pipe_5[`EXPONENT+`EXPONENT+11], Shift_5[4:0], pipe_5[`DWIDTH+`EXPONENT+10:`DWIDTH+1], SumS_5[`DWIDTH:0]} ;	
			// pipe_7 :
			//[56] operation
			//[55:51] Shift_5
			//[50] PSgn_4
			//[49] Opr_4
			//[48] Sa_0
			//[47] Sb_0
			//[46] MaxAB_0
			//[45:38] CExp_0
			//[37:33] InputExc_0
			//[32:0] Sum_4
			//						
			pipe_7 = {pipe_6[`DWIDTH+`EXPONENT+16:`DWIDTH+1], SumS_7[`DWIDTH:0]} ;	
			// pipe_8:
			//[54] FG_8 
			//[53] operation
			//[52] PSgn_4
			//[51] Sa_0
			//[50] Sb_0
			//[49] MaxAB_0
			//[48:41] CExp_0
			//[40:36] InputExc_8
			//[35:13] NormM_8 
			//[12:4] NormE_8
			//[3] ZeroSum_8
			//[2] NegE_8
			//[1] R_8
			//[0] S_8
			//				
			pipe_8 = {FG_8, pipe_7[`DWIDTH+`EXPONENT+16], pipe_7[`DWIDTH+`EXPONENT+10], pipe_7[`DWIDTH+`EXPONENT+8:`DWIDTH+1], NormM_8[`MANTISSA-1:0], NormE_8[`EXPONENT:0], ZeroSum_8, NegE_8, R_8, S_8} ;	
			// pipe_9:
			//[40:9] P_int
			//[8] NegE_8
			//[7] R_8
			//[6] S_8
			//[5:1] InputExc_8
			//[0] EOF
			//				
			pipe_9 = {P_int[`DWIDTH-1:0], pipe_8[2], pipe_8[1], pipe_8[0], pipe_8[`EXPONENT+`MANTISSA+9:`EXPONENT+`MANTISSA+5], EOF} ;	
		end
	end		
	
endmodule
module FPAddSub_ExceptionModule(
		Z,
		NegE,
		R,
		S,
		InputExc,
		EOF,
		P,
		Flags
    );
	 
	// Input ports
	input [`DWIDTH-1:0] Z	;					// Final product
	input NegE ;						// Negative exponent?
	input R ;							// Round bit
	input S ;							// Sticky bit
	input [4:0] InputExc ;			// Exceptions in inputs A and B
	input EOF ;
	
	// Output ports
	output [`DWIDTH-1:0] P ;					// Final result
	output [4:0] Flags ;				// Exception flags
	
	// Internal signals
	wire Overflow ;					// Overflow flag
	wire Underflow ;					// Underflow flag
	wire DivideByZero ;				// Divide-by-Zero flag (always 0 in Add/Sub)
	wire Invalid ;						// Invalid inputs or result
	wire Inexact ;						// Result is inexact because of rounding
	
	// Exception flags
	
	// Result is too big to be represented
	assign Overflow = EOF | InputExc[1] | InputExc[0] ;
	
	// Result is too small to be represented
	assign Underflow = NegE & (R | S);
	
	// Infinite result computed exactly from finite operands
	assign DivideByZero = &(Z[`MANTISSA+`EXPONENT-1:`MANTISSA]) & ~|(Z[`MANTISSA+`EXPONENT-1:`MANTISSA]) & ~InputExc[1] & ~InputExc[0];
	
	// Invalid inputs or operation
	assign Invalid = |(InputExc[4:2]) ;
	
	// Inexact answer due to rounding, overflow or underflow
	assign Inexact = (R | S) | Overflow | Underflow;
	
	// Put pieces together to form final result
	assign P = Z ;
	
	// Collect exception flags	
	assign Flags = {Overflow, Underflow, DivideByZero, Invalid, Inexact} ; 	
	
endmodule
module FPAddSub_RoundModule(
		ZeroSum,
		NormE,
		NormM,
		R,
		S,
		G,
		Sa,
		Sb,
		Ctrl,
		MaxAB,
		Z,
		EOF
    );

	// Input ports
	input ZeroSum ;					// Sum is zero
	input [`EXPONENT:0] NormE ;				// Normalized exponent
	input [`MANTISSA-1:0] NormM ;				// Normalized mantissa
	input R ;							// Round bit
	input S ;							// Sticky bit
	input G ;
	input Sa ;							// A's sign bit
	input Sb ;							// B's sign bit
	input Ctrl ;						// Control bit (operation)
	input MaxAB ;
	
	// Output ports
	output [`DWIDTH-1:0] Z ;					// Final result
	output EOF ;
	
	// Internal signals
	wire [`MANTISSA:0] RoundUpM ;			// Rounded up sum with room for overflow
	wire [`MANTISSA-1:0] RoundM ;				// The final rounded sum
	wire [`EXPONENT:0] RoundE ;				// Rounded exponent (note extra bit due to poential overflow	)
	wire RoundUp ;						// Flag indicating that the sum should be rounded up
        wire FSgn;
	wire ExpAdd ;						// May have to add 1 to compensate for overflow 
	wire RoundOF ;						// Rounding overflow
	
	// The cases where we need to round upwards (= adding one) in Round to nearest, tie to even
	assign RoundUp = (G & ((R | S) | NormM[0])) ;
	
	// Note that in the other cases (rounding down), the sum is already 'rounded'
	assign RoundUpM = (NormM + 1) ;								// The sum, rounded up by 1
	assign RoundM = (RoundUp ? RoundUpM[`MANTISSA-1:0] : NormM) ; 	// Compute final mantissa	
	assign RoundOF = RoundUp & RoundUpM[`MANTISSA] ; 				// Check for overflow when rounding up

	// Calculate post-rounding exponent
	assign ExpAdd = (RoundOF ? 1'b1 : 1'b0) ; 				// Add 1 to exponent to compensate for overflow
	assign RoundE = ZeroSum ? 5'b00000 : (NormE + ExpAdd) ; 							// Final exponent

	// If zero, need to determine sign according to rounding
	assign FSgn = (ZeroSum & (Sa ^ Sb)) | (ZeroSum ? (Sa & Sb & ~Ctrl) : ((~MaxAB & Sa) | ((Ctrl ^ Sb) & (MaxAB | Sa)))) ;

	// Assign final result
	assign Z = {FSgn, RoundE[`EXPONENT-1:0], RoundM[`MANTISSA-1:0]} ;
	
	// Indicate exponent overflow
	assign EOF = RoundE[`EXPONENT];
	
endmodule
module FPAddSub_NormalizeShift2(
		PSSum,
		CExp,
		Shift,
		NormM,
		NormE,
		ZeroSum,
		NegE,
		R,
		S,
		FG
	);
	
	// Input ports
	input [`DWIDTH:0] PSSum ;					// The Pre-Shift-Sum
	input [`EXPONENT-1:0] CExp ;
	input [4:0] Shift ;					// Amount to be shifted

	// Output ports
	output [`MANTISSA-1:0] NormM ;				// Normalized mantissa
	output [`EXPONENT:0] NormE ;					// Adjusted exponent
	output ZeroSum ;						// Zero flag
	output NegE ;							// Flag indicating negative exponent
	output R ;								// Round bit
	output S ;								// Final sticky bit
	output FG ;

	// Internal signals
	wire MSBShift ;						// Flag indicating that a second shift is needed
	wire [`EXPONENT:0] ExpOF ;					// MSB set in sum indicates overflow
	wire [`EXPONENT:0] ExpOK ;					// MSB not set, no adjustment
	
	// Calculate normalized exponent and mantissa, check for all-zero sum
	assign MSBShift = PSSum[`DWIDTH] ;		// Check MSB in unnormalized sum
	assign ZeroSum = ~|PSSum ;			// Check for all zero sum
	assign ExpOK = CExp - Shift ;		// Adjust exponent for new normalized mantissa
	assign NegE = ExpOK[`EXPONENT] ;			// Check for exponent overflow
	assign ExpOF = CExp - Shift + 1'b1 ;		// If MSB set, add one to exponent(x2)
	assign NormE = MSBShift ? ExpOF : ExpOK ;			// Check for exponent overflow
	assign NormM = PSSum[`DWIDTH-1:`EXPONENT+1] ;		// The new, normalized mantissa
	
	// Also need to compute sticky and round bits for the rounding stage
	assign FG = PSSum[`EXPONENT] ; 
	assign R = PSSum[`EXPONENT-1] ;
	assign S = |PSSum[`EXPONENT-2:0] ;
	
endmodule
module FPAddSub_NormalizeShift1(
		MminP,
		Shift,
		Mmin
	);
	
	// Input ports
	input [`DWIDTH:0] MminP ;						// Smaller mantissa after 16|12|8|4 shift
	input [3:0] Shift ;						// Shift amount
	
	// Output ports
	output [`DWIDTH:0] Mmin ;						// The smaller mantissa
	
	reg	  [`DWIDTH:0]		Lvl2;
	wire    [2*`DWIDTH+1:0]    Stage1;	
	reg	  [`DWIDTH:0]		Lvl3;
	wire    [2*`DWIDTH+1:0]    Stage2;	
	integer           i;               	// Loop variable
	
	assign Stage1 = {MminP, MminP};

	always @(*) begin    					// Rotate {0 | 4 | 8 | 12} bits
	  case (Shift[3:2])
			// Rotate by 0
			2'b00: //Lvl2 <= Stage1[`DWIDTH:0];       		
      begin Lvl2 = Stage1[`DWIDTH:0];  end
			// Rotate by 4
			2'b01: //begin for (i=2*`DWIDTH+1; i>=`DWIDTH+1; i=i-1) begin Lvl2[i-33] <= Stage1[i-4]; end Lvl2[3:0] <= 0; end
      begin Lvl2[`DWIDTH: (`DWIDTH-4)] = Stage1[3:0]; Lvl2[`DWIDTH-4-1:0] = Stage1[`DWIDTH-4]; end
			// Rotate by 8
			2'b10: //begin for (i=2*`DWIDTH+1; i>=`DWIDTH+1; i=i-1) begin Lvl2[i-33] <= Stage1[i-8]; end Lvl2[7:0] <= 0; end
      begin Lvl2[`DWIDTH: (`DWIDTH-8)] = Stage1[3:0]; Lvl2[`DWIDTH-8-1:0] = Stage1[`DWIDTH-8]; end
			// Rotate by 12
			2'b11: //begin for (i=2*`DWIDTH+1; i>=`DWIDTH+1; i=i-1) begin Lvl2[i-33] <= Stage1[i-12]; end Lvl2[11:0] <= 0; end
      begin Lvl2[`DWIDTH: (`DWIDTH-12)] = Stage1[3:0]; Lvl2[`DWIDTH-12-1:0] = Stage1[`DWIDTH-12]; end
	  endcase
	end
	
	assign Stage2 = {Lvl2, Lvl2};

	always @(*) begin   				 		// Rotate {0 | 1 | 2 | 3} bits
	  case (Shift[1:0])
			// Rotate by 0
			2'b00:  //Lvl3 <= Stage2[`DWIDTH:0];
      begin Lvl3 = Stage2[`DWIDTH:0]; end
			// Rotate by 1
			2'b01: //begin for (i=2*`DWIDTH+1; i>=`DWIDTH+1; i=i-1) begin Lvl3[i-`DWIDTH-1] <= Stage2[i-1]; end Lvl3[0] <= 0; end 
      begin Lvl3[`DWIDTH: (`DWIDTH-1)] = Stage2[3:0]; Lvl3[`DWIDTH-1-1:0] = Stage2[`DWIDTH-1]; end
			// Rotate by 2
			2'b10: //begin for (i=2*`DWIDTH+1; i>=`DWIDTH+1; i=i-1) begin Lvl3[i-`DWIDTH-1] <= Stage2[i-2]; end Lvl3[1:0] <= 0; end
      begin Lvl3[`DWIDTH: (`DWIDTH-2)] = Stage2[3:0]; Lvl3[`DWIDTH-2-1:0] = Stage2[`DWIDTH-2]; end
			// Rotate by 3
			2'b11: //begin for (i=2*`DWIDTH+1; i>=`DWIDTH+1; i=i-1) begin Lvl3[i-`DWIDTH-1] <= Stage2[i-3]; end Lvl3[2:0] <= 0; end
      begin Lvl3[`DWIDTH: (`DWIDTH-3)] = Stage2[3:0]; Lvl3[`DWIDTH-3-1:0] = Stage2[`DWIDTH-3]; end
	  endcase
	end
	
	// Assign outputs
	assign Mmin = Lvl3;						// Take out smaller mantissa			
	
endmodule
module FPAddSub_NormalizeModule(
		Sum,
		Mmin,
		Shift
    );

	// Input ports
	input [`DWIDTH:0] Sum ;					// Mantissa sum including hidden 1 and GRS
	
	// Output ports
	output [`DWIDTH:0] Mmin ;					// Mantissa after 16|0 shift
	output [4:0] Shift ;					// Shift amount
	
	// Determine normalization shift amount by finding leading nought
	assign Shift =  ( 
		Sum[16] ? 5'b00000 :	 
		Sum[15] ? 5'b00001 : 
		Sum[14] ? 5'b00010 : 
		Sum[13] ? 5'b00011 : 
		Sum[12] ? 5'b00100 : 
		Sum[11] ? 5'b00101 : 
		Sum[10] ? 5'b00110 : 
		Sum[9] ? 5'b00111 :
		Sum[8] ? 5'b01000 :
		Sum[7] ? 5'b01001 :
		Sum[6] ? 5'b01010 :
		Sum[5] ? 5'b01011 :
		Sum[4] ? 5'b01100 : 5'b01101
	//	Sum[19] ? 5'b01101 :
	//	Sum[18] ? 5'b01110 :
	//	Sum[17] ? 5'b01111 :
	//	Sum[16] ? 5'b10000 :
	//	Sum[15] ? 5'b10001 :
	//	Sum[14] ? 5'b10010 :
	//	Sum[13] ? 5'b10011 :
	//	Sum[12] ? 5'b10100 :
	//	Sum[11] ? 5'b10101 :
	//	Sum[10] ? 5'b10110 :
	//	Sum[9] ? 5'b10111 :
	//	Sum[8] ? 5'b11000 :
	//	Sum[7] ? 5'b11001 : 5'b11010
	);
	
	reg	  [`DWIDTH:0]		Lvl1;
	
	always @(*) begin
		// Rotate by 16?
		Lvl1 <= Shift[4] ? {Sum[8:0], 8'b00000000} : Sum; 
	end
	
	// Assign outputs
	assign Mmin = Lvl1;						// Take out smaller mantissa

endmodule
module FPAddSub_ExecutionModule(
		Mmax,
		Mmin,
		Sa,
		Sb,
		MaxAB,
		OpMode,
		Sum,
		PSgn,
		Opr
    );

	// Input ports
	input [`MANTISSA-1:0] Mmax ;					// The larger mantissa
	input [`MANTISSA:0] Mmin ;					// The smaller mantissa
	input Sa ;								// Sign bit of larger number
	input Sb ;								// Sign bit of smaller number
	input MaxAB ;							// Indicates the larger number (0/A, 1/B)
	input OpMode ;							// Operation to be performed (0/Add, 1/Sub)
	
	// Output ports
	output [`DWIDTH:0] Sum ;					// The result of the operation
	output PSgn ;							// The sign for the result
	output Opr ;							// The effective (performed) operation

	assign Opr = (OpMode^Sa^Sb); 		// Resolve sign to determine operation

	// Perform effective operation
	assign Sum = (OpMode^Sa^Sb) ? ({1'b1, Mmax, 5'b00000} - {Mmin, 5'b00000}) : ({1'b1, Mmax, 5'b00000} + {Mmin, 5'b00000}) ;
	
	// Assign result sign
	assign PSgn = (MaxAB ? Sb : Sa) ;

endmodule
module FPAddSub_AlignShift2(
		MminP,
		Shift,
		Mmin
	);
	
	// Input ports
	input [`MANTISSA:0] MminP ;						// Smaller mantissa after 16|12|8|4 shift
	input [1:0] Shift ;						// Shift amount
	
	// Output ports
	output [`MANTISSA:0] Mmin ;						// The smaller mantissa
	
	// Internal Signal
	reg	  [`MANTISSA:0]		Lvl3;
	wire    [2*`MANTISSA+1:0]    Stage2;	
	integer           j;               // Loop variable
	
	assign Stage2 = {11'b0, MminP};

	always @(*) begin    // Rotate {0 | 1 | 2 | 3} bits
	  case (Shift[1:0])
			// Rotate by 0
			2'b00:  Lvl3 <= Stage2[`MANTISSA:0];   
			// Rotate by 1
			2'b01:  begin for (j=0; j<=`MANTISSA; j=j+1)  begin Lvl3[j] <= Stage2[j+1]; end /*Lvl3[`MANTISSA] <= 0; */end 
			// Rotate by 2
			2'b10:  begin for (j=0; j<=`MANTISSA; j=j+1)  begin Lvl3[j] <= Stage2[j+2]; end /*Lvl3[`MANTISSA:`MANTISSA-1] <= 0;*/ end 
			// Rotate by 3
			2'b11:  begin for (j=0; j<=`MANTISSA; j=j+1)  begin Lvl3[j] <= Stage2[j+3]; end /*Lvl3[`MANTISSA:`MANTISSA-2] <= 0;*/ end 	  
	  endcase
	end
	
	// Assign output
	assign Mmin = Lvl3;						// Take out smaller mantissa				

endmodule
module FPAddSub_AlignShift1(
		MminP,
		Shift,
		Mmin
	);
	
	// Input ports
	input [`MANTISSA-1:0] MminP ;						// Smaller mantissa after 16|12|8|4 shift
	input [2:0] Shift ;						// Shift amount
	
	// Output ports
	output [`MANTISSA:0] Mmin ;						// The smaller mantissa
	
	// Internal signals
	reg	  [`MANTISSA:0]		Lvl1;
	reg	  [`MANTISSA:0]		Lvl2;
	wire    [2*`MANTISSA+1:0]    Stage1;	
	integer           i;                // Loop variable
	
	always @(*) begin						
		// Rotate by 16?
		//Lvl1 <= Shift[2] ? {17'b00000000000000001, MminP[22:16]} : {1'b1, MminP}; 
		Lvl1 <= Shift[2] ? {11'b0000000000} : {1'b1, MminP}; 
		
	end
	
	assign Stage1 = { 11'b0, Lvl1};
	
	always @(*) begin    					// Rotate {0 | 4 | 8 | 12} bits
	  case (Shift[1:0])
			// Rotate by 0	
			2'b00:  Lvl2 <= Stage1[`MANTISSA:0];       			
			// Rotate by 4	
			2'b01:  begin for (i=0; i<=`MANTISSA; i=i+1) begin Lvl2[i] <= Stage1[i+4]; end /*Lvl2[`MANTISSA:`MANTISSA-3] <= 0;*/ end
			// Rotate by 8
			2'b10:  begin for (i=0; i<=`MANTISSA; i=i+1) begin Lvl2[i] <= Stage1[i+8]; end /*Lvl2[`MANTISSA:`MANTISSA-7] <= 0;*/ end
			// Rotate by 12	
			2'b11: Lvl2[`MANTISSA: 0] <= 0; 
			//2'b11:  begin for (i=0; i<=`MANTISSA; i=i+1) begin Lvl2[i] <= Stage1[i+12]; end Lvl2[`MANTISSA:`MANTISSA-12] <= 0; end
	  endcase
	end
	
	// Assign output to next shift stage
	assign Mmin = Lvl2;
	
endmodule
module FPAddSub_AlignModule (
		A,
		B,
		ShiftDet,
		CExp,
		MaxAB,
		Shift,
		Mmin,
		Mmax
	);
	
	// Input ports
	input [`DWIDTH-2:0] A ;								// Input A, a 32-bit floating point number
	input [`DWIDTH-2:0] B ;								// Input B, a 32-bit floating point number
	input [9:0] ShiftDet ;
	
	// Output ports
	output [`EXPONENT-1:0] CExp ;							// Common Exponent
	output MaxAB ;									// Incidates larger of A and B (0/A, 1/B)
	output [4:0] Shift ;							// Number of steps to smaller mantissa shift right
	output [`MANTISSA-1:0] Mmin ;							// Smaller mantissa 
	output [`MANTISSA-1:0] Mmax ;							// Larger mantissa
	
	// Internal signals
	//wire BOF ;										// Check for shifting overflow if B is larger
	//wire AOF ;										// Check for shifting overflow if A is larger
	
	assign MaxAB = (A[`DWIDTH-2:0] < B[`DWIDTH-2:0]) ;	
	//assign BOF = ShiftDet[9:5] < 25 ;		// Cannot shift more than 25 bits
	//assign AOF = ShiftDet[4:0] < 25 ;		// Cannot shift more than 25 bits
	
	// Determine final shift value
	//assign Shift = MaxAB ? (BOF ? ShiftDet[9:5] : 5'b11001) : (AOF ? ShiftDet[4:0] : 5'b11001) ;
	
	assign Shift = MaxAB ? ShiftDet[9:5] : ShiftDet[4:0] ;
	
	// Take out smaller mantissa and append shift space
	assign Mmin = MaxAB ? A[`MANTISSA-1:0] : B[`MANTISSA-1:0] ; 
	
	// Take out larger mantissa	
	assign Mmax = MaxAB ? B[`MANTISSA-1:0]: A[`MANTISSA-1:0] ;	
	
	// Common exponent
	assign CExp = (MaxAB ? B[`MANTISSA+`EXPONENT-1:`MANTISSA] : A[`MANTISSA+`EXPONENT-1:`MANTISSA]) ;		
	
endmodule
module FPAddSub_PrealignModule(
		A,
		B,
		operation,
		Sa,
		Sb,
		ShiftDet,
		InputExc,
		Aout,
		Bout,
		Opout
	);
	
	// Input ports
	input [`DWIDTH-1:0] A ;										// Input A, a 32-bit floating point number
	input [`DWIDTH-1:0] B ;										// Input B, a 32-bit floating point number
	input operation ;
	
	// Output ports
	output Sa ;												// A's sign
	output Sb ;												// B's sign
	output [9:0] ShiftDet ;
	output [4:0] InputExc ;								// Input numbers are exceptions
	output [`DWIDTH-2:0] Aout ;
	output [`DWIDTH-2:0] Bout ;
	output Opout ;
	
	// Internal signals									// If signal is high...
	wire ANaN ;												// A is a NaN (Not-a-Number)
	wire BNaN ;												// B is a NaN
	wire AInf ;												// A is infinity
	wire BInf ;												// B is infinity
	wire [`EXPONENT-1:0] DAB ;										// ExpA - ExpB					
	wire [`EXPONENT-1:0] DBA ;										// ExpB - ExpA	
	
	assign ANaN = &(A[`DWIDTH-2:`DWIDTH-1-`EXPONENT]) & |(A[`MANTISSA-1:0]) ;		// All one exponent and not all zero mantissa - NaN
	assign BNaN = &(B[`DWIDTH-2:`DWIDTH-1-`EXPONENT]) & |(B[`MANTISSA-1:0]);		// All one exponent and not all zero mantissa - NaN
	assign AInf = &(A[`DWIDTH-2:`DWIDTH-1-`EXPONENT]) & ~|(A[`MANTISSA-1:0]) ;	// All one exponent and all zero mantissa - Infinity
	assign BInf = &(B[`DWIDTH-2:`DWIDTH-1-`EXPONENT]) & ~|(B[`MANTISSA-1:0]) ;	// All one exponent and all zero mantissa - Infinity
	
	// Put all flags into exception vector
	assign InputExc = {(ANaN | BNaN | AInf | BInf), ANaN, BNaN, AInf, BInf} ;
	
	//assign DAB = (A[30:23] - B[30:23]) ;
	//assign DBA = (B[30:23] - A[30:23]) ;
	assign DAB = (A[`DWIDTH-2:`MANTISSA] + ~(B[`DWIDTH-2:`MANTISSA]) + 1) ;
	assign DBA = (B[`DWIDTH-2:`MANTISSA] + ~(A[`DWIDTH-2:`MANTISSA]) + 1) ;
	
	assign Sa = A[`DWIDTH-1] ;									// A's sign bit
	assign Sb = B[`DWIDTH-1] ;									// B's sign	bit
	assign ShiftDet = {DBA[4:0], DAB[4:0]} ;		// Shift data
	assign Opout = operation ;
	assign Aout = A[`DWIDTH-2:0] ;
	assign Bout = B[`DWIDTH-2:0] ;
	
endmodule